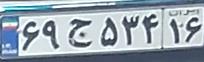
۶۹ج۵۳۴۱۶